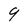
Character: 9